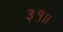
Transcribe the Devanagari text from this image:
३१॥